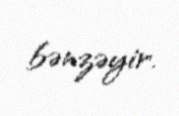
bənzəyir.